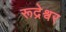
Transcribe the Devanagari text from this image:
रूद्रेश्वर